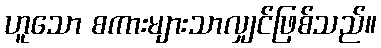
ဟူသော စကားများသာလျှင်ဖြစ်သည်။